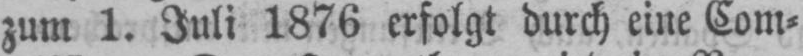
zum 1. Juli 1876 erfolgt durch eine Com⸗